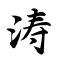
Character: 涛